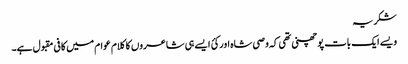
شکریہ
ویسے ایک بات پو چھنی تھی کہ وصی شاہ اور کئ ایسے ہی شاعروں کا کلام عوام میں کافی مقبول ہے۔